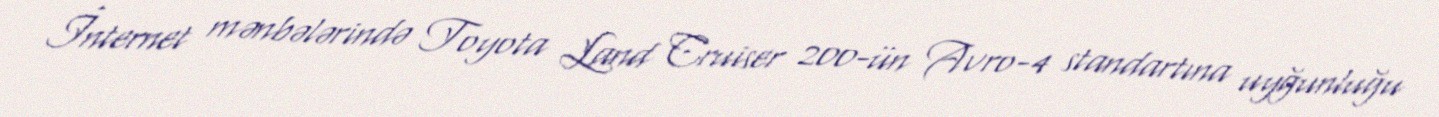
İnternet mənbələrində Toyota Land Cruiser 200-ün Avro-4 standartına uyğunluğu